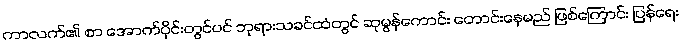
ကာလက်၏ စာ အောက်ပိုင်းတွင်ပင် ဘုရားသခင်ထံတွင် ဆုမွန်ကောင်း တောင်းနေမည် ဖြစ်ကြောင်း ပြန်ရေး